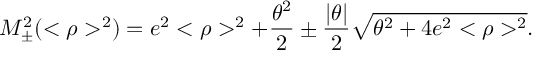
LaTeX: M _ { \pm } ^ { 2 } ( < \rho > ^ { 2 } ) = e ^ { 2 } < \rho > ^ { 2 } + \frac { \theta ^ { 2 } } { 2 } \pm \frac { | \theta | } { 2 } \sqrt { \theta ^ { 2 } + 4 e ^ { 2 } < \rho > ^ { 2 } } .